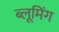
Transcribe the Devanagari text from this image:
ब्लूमिंग